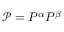
\mathcal { P } = P ^ { \alpha } P ^ { \beta }